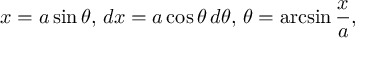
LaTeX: x = a \sin \theta , \, d x = a \cos \theta \, d \theta , \, \theta = \arcsin { \frac { x } { a } } ,